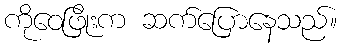
ကိုဝေဖြိုးက ဆက်ပြောနေသည်။